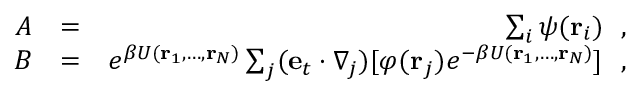
\begin{array} { r l r } { A } & { = } & { \sum _ { i } \psi ( { \bf r } _ { i } ) ~ ~ , } \\ { B } & { = } & { e ^ { \beta U ( { \bf r } _ { 1 } , \ldots , { \bf r } _ { N } ) } \sum _ { j } ( { \bf e } _ { t } \cdot \nabla _ { j } ) [ \varphi ( { \bf r } _ { j } ) e ^ { - \beta U ( { \bf r } _ { 1 } , \ldots , { \bf r } _ { N } ) } ] ~ ~ , } \end{array}